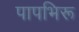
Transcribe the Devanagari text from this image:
पापभिरू